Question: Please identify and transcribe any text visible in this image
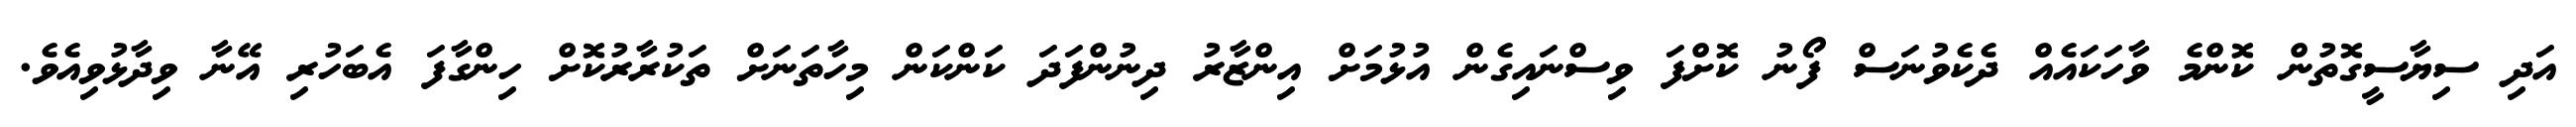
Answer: އަދި ސިޔާސީގޮތުން ކޮންމެ ވާހަކައެއް ދެކެވުނަސް ފޯނު ކޮށްފަ ވިސްނައިގެން އުޅުމަށް އިންޒާރު ދިނުންފަދަ ކަންކަން މިހާތަނަށް ތަކުރާރުކޮށް ހިންގާފަ އެބަހުރި އޭނާ ވިދާޅުވިއެވެ.